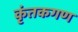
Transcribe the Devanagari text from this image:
कृंतकगण